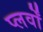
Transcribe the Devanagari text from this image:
प्लर्वों